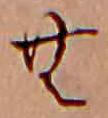
む